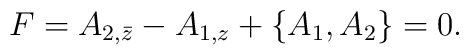
F = A_{2, \bar z} - A_{1,z} + \{A_1,A_2\}=0.